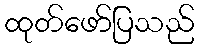
ထုတ်ဖော်ပြသည်